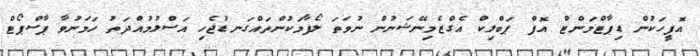
އޮފީހަކުން ޑިޕާޓްމަންޓް އޮފް ޕަބްލިކް އެގްޒެމިނޭޝަނުން ނުވަތަ ލޯފާމަކުންތައްގަނޑުޖެހި އަސްލުމުއްދަތު ހަމަނުވާ ޕާސްޕޯޓް